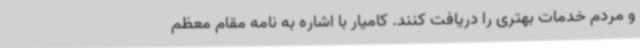
و مردم خدمات بهتری را دریافت کنند. کامیار با اشاره به نامه مقام معظم